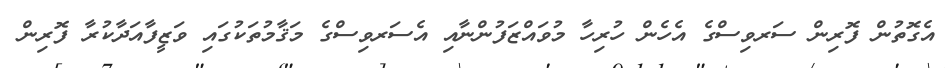
އެގޮތުން ފޮރިން ސަރވިސްގެ އެހެން ހުރިހާ މުވައްޒަފުންނާއި އެސަރވިސްގެ މަޤާމުތަކުގައި ވަޒީފާއަދާކުރާ ފޮރިން